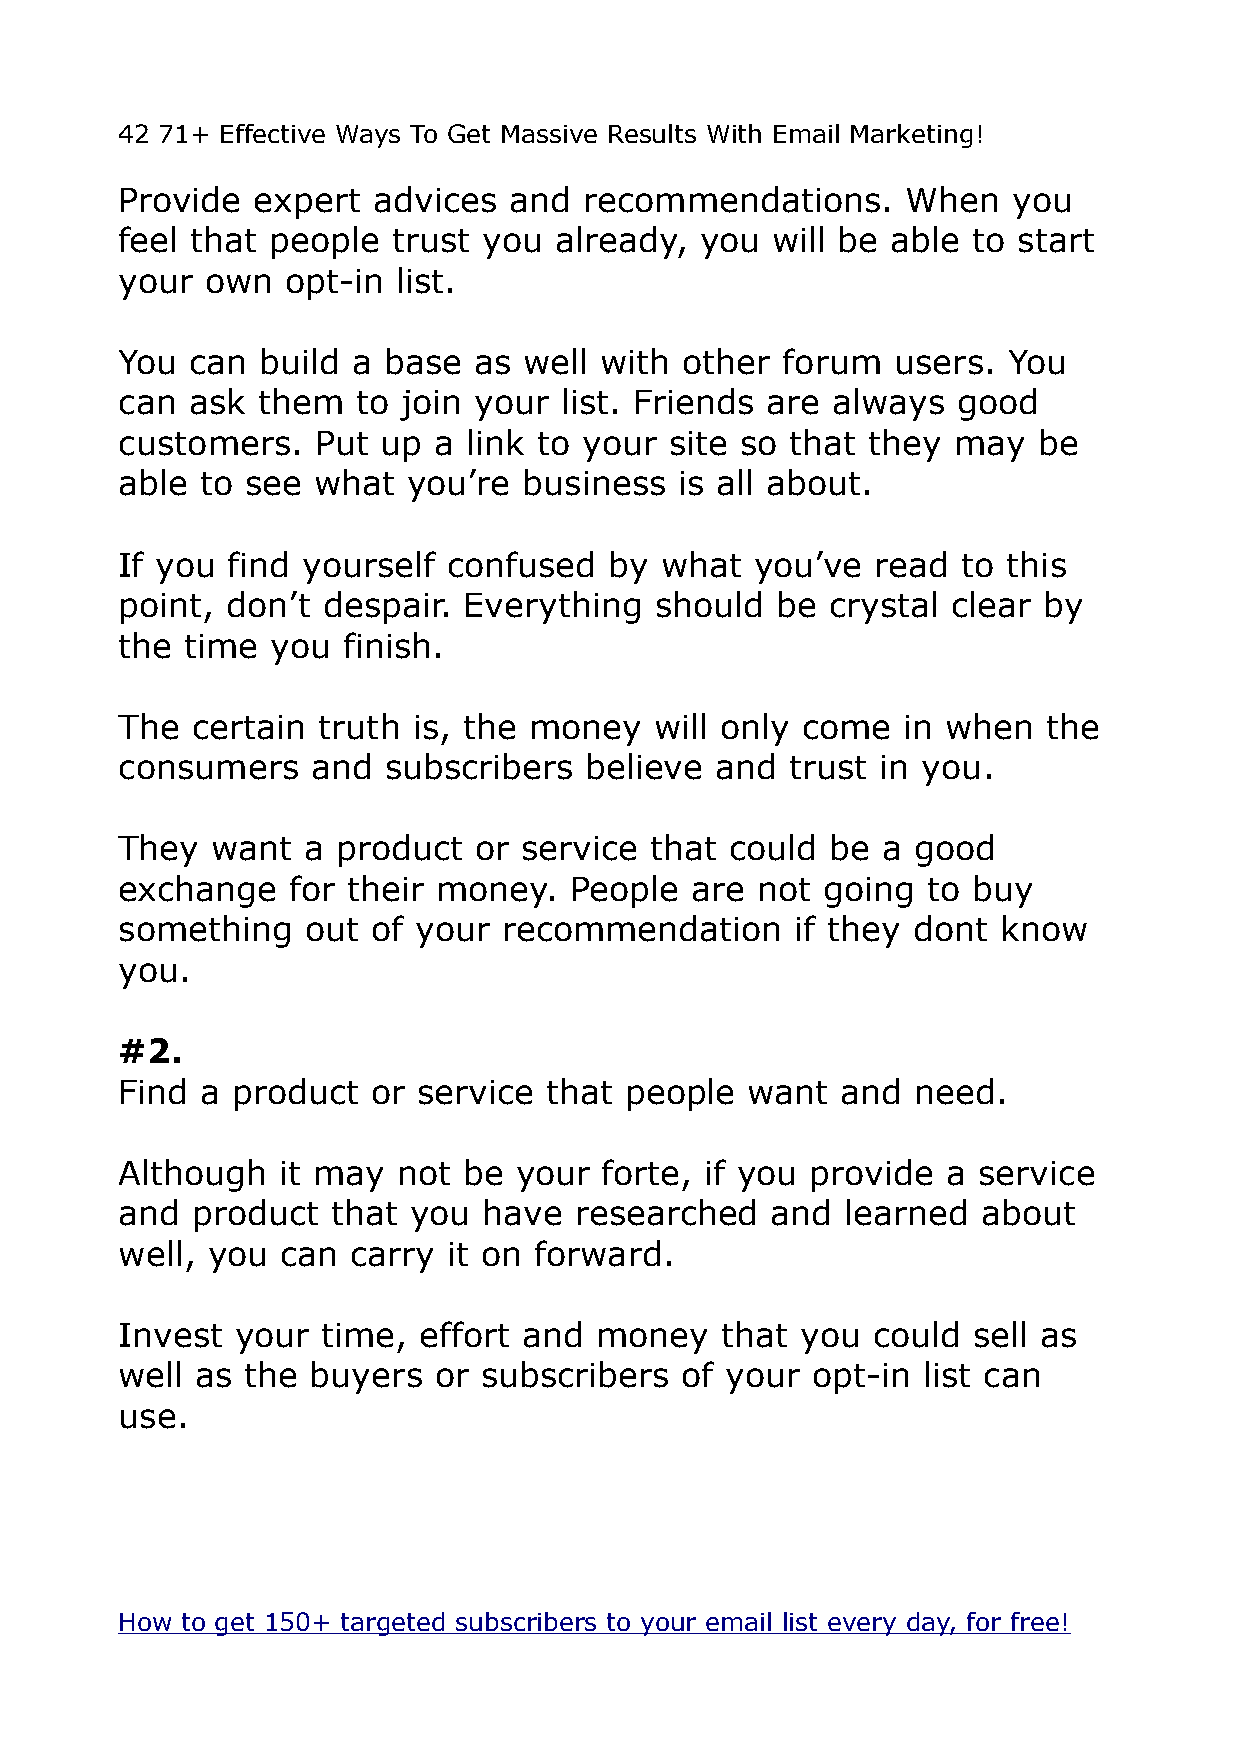
42 71+ Effective Ways To Get Massive Results With Email Marketing!
 Provide  expert  advices  and  recommendations.     When   you
 feel that people  trust you  already, you  will be able to start
 your  own  opt-in list.
 You  can build a base  as  well with other  forum  users.  You
 can ask  them   to join your list. Friends are always  good
 customers.   Put up  a link to your site so that  they may   be
 able to see  what  you’re  business  is all about.
 If you find yourself  confused  by  what  you’ve  read  to this
 point, don’t despair.  Everything  should  be  crystal clear by
 the time  you  finish.
 The  certain truth is, the money   will only come   in when  the
 consumers    and subscribers   believe and  trust in you.
 They  want  a product  or  service that could  be a good
 exchange   for their money.   People  are not going  to buy
 something   out  of your recommendation      if they dont know
 you.
 #2.
 Find a product   or service that people   want  and  need.
 Although  it may  not  be your  forte, if you provide  a service
 and  product  that you  have  researched   and  learned  about
 well, you  can carry  it on forward.
 Invest  your time,  effort and money    that you  could sell as
 well as the  buyers  or subscribers  of your  opt-in list can
 use.
 How to get 150+ targeted subscribers to your email list every day, for free!